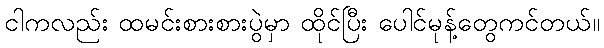
ငါကလည်း ထမင်းစားစားပွဲမှာ ထိုင်ပြီး ပေါင်မုန့်တွေကင်တယ်။